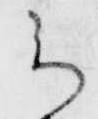
云